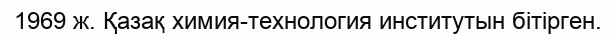
1969 ж. Қазақ химия-технология институтын бітірген.